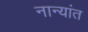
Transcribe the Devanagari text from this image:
नान्यांत